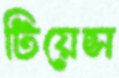
টিয়েন্স